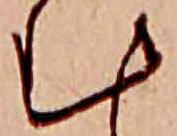
む